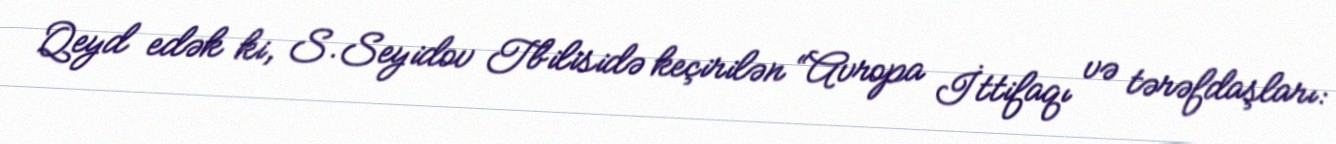
Qeyd edək ki, S.Seyidov Tbilisidə keçirilən “Avropa İttifaqı və tərəfdaşları: